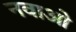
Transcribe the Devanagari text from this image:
नवाओ